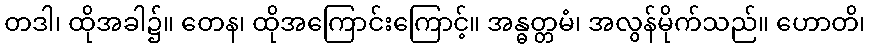
တဒါ၊ ထိုအခါ၌။ တေန၊ ထိုအကြောင်းကြောင့်။ အန္ဓတ္တမံ၊ အလွန်မိုက်သည်။ ဟောတိ၊